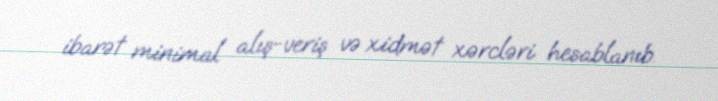
ibarət minimal alış-veriş və xidmət xərcləri hesablanıb.